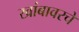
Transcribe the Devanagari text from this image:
खांबावरचे